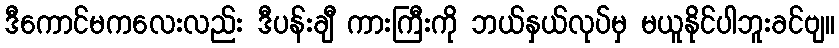
ဒီကောင်မကလေးလည်း ဒီပန်းချီ ကားကြီးကို ဘယ်နှယ်လုပ်မှ မယူနိုင်ပါဘူးခင်ဗျ။